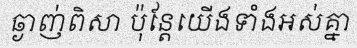
ឆ្ងាញ់ពិសា ប៉ុន្តែយើងទាំងអស់គ្នា